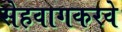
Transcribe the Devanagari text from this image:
सेहवागकरवे